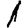
Digit: 1